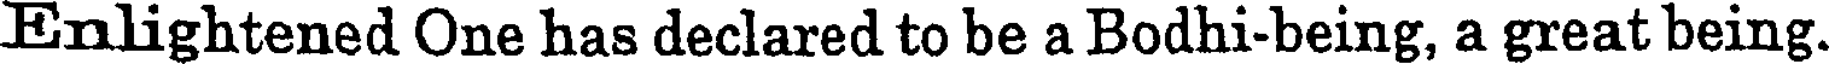
Enlightened One has declared to be a Bodhi-being, a great being.